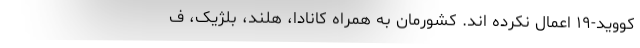
کووید-۱۹ اعمال نکرده اند. کشورمان به همراه کانادا، هلند، بلژیک، ف